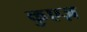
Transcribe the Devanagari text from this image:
कुएज़